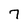
Character: 7